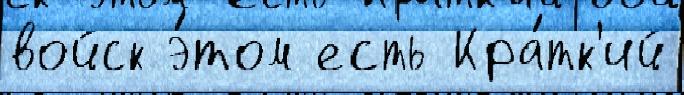
войск э́том есть Кра́тк'ий